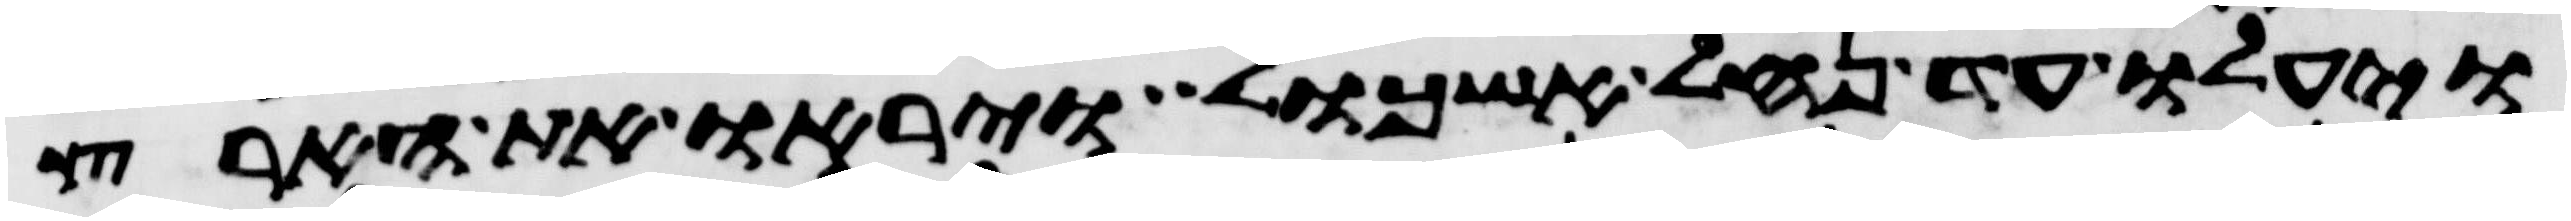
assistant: ויעלו עד נחל אשכול ויראו את הארץ